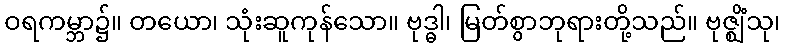
ဝရကမ္ဘာ၌။ တယော၊ သုံးဆူကုန်သော။ ဗုဒ္ဓါ၊ မြတ်စွာဘုရားတို့သည်။ ဗုဇ္ဈိံသု၊